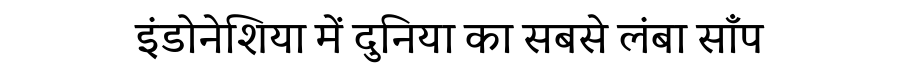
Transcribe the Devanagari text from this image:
इंडोनेशिया में दुनिया का सबसे लंबा साँप